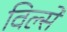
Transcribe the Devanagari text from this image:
विल्से